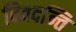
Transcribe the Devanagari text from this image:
विवदन्ति